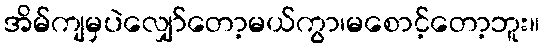
အိမ်ကျမှပဲလျှော်တော့မယ်ကွာ၊မစောင့်တော့ဘူး။